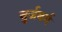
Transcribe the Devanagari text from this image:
बुर्जबर्ग